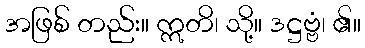
အဖြစ် တည်း။ ဣတိ၊ သို့။ ဒဋ္ဌဗ္ဗံ၊ ၏။